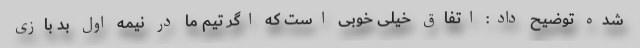
شده توضیح داد: اتفاق خیلی خوبی است که اگر تیم ما در نیمه اول بد بازی